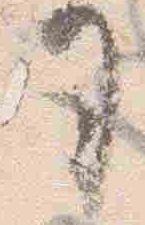
司